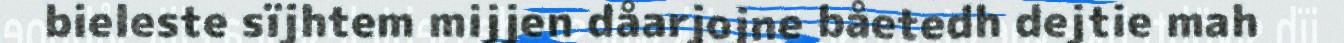
bieleste sïjhtem mijjen dåarjojne båetedh dejtie mah